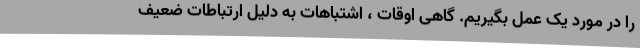
را در مورد یک عمل بگیریم. گاهی اوقات ، اشتباهات به دلیل ارتباطات ضعیف